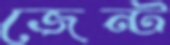
জেন্ট